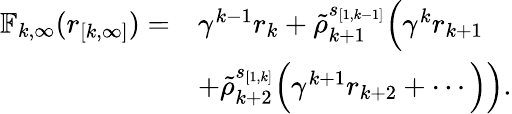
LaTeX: \begin{array}{rl}{\mathbb{F}_{k,\infty}(r_{[k,\infty]})=}&{\gamma^{k-1}r_{k}+\tilde{\rho}_{k+1}^{s_{[1,k-1]}}\Big(\gamma^{k}r_{k+1}}\\ &{+\tilde{\rho}_{k+2}^{s_{[1,k]}}\Big(\gamma^{k+1}r_{k+2}+\cdots\Big)\Big).}\end{array}